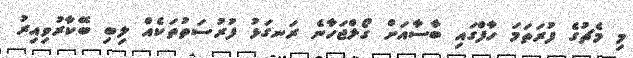
މި މެޗުގެ ފުރަތަމަ ހާފްގައި ބާސާއަށް ގޯލްޖަހާނެ ރަނގަޅު ފުރުސަތުތަކެއް ލިބި ބޭކާރުވިއިރު